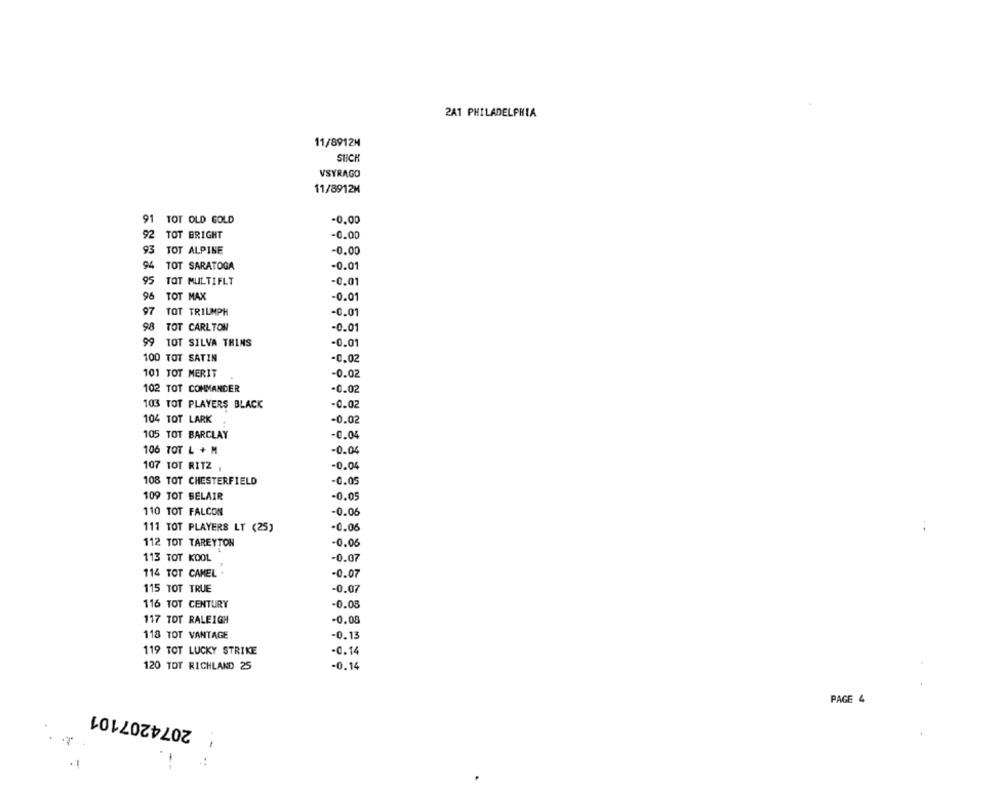
2A1 PHILADELPHIA
11/8912H
SICH
VSYRAGO
11/8912M
91 TOT OLD GOLD
-0.00
92 TOT BRIGHT
-0.00
93 TOT ALPINE
-0.00
94
TOT SARATOGA
-0.01
95
TOT MULTIFLT
-0.01
96
TOT MAX
-0.01
97
TOT TRIUMPH
-0.01
98 TOT CARLTON
-0.01
99 TOT SILVA THINS
-0.01
100 TOT SATIN
-0.02
101 TOT MERIT
-0.02
102 TOT COMMANDER
-0.02
103 TOT PLAYERS BLACK
-0.02
104 TOT LARK
-0.02
105 TOT BARCLAY
-0.04
106 TOT L + M
-0.04
107 TOT RITZ
-0.04
108 TOT CHESTERFIELD
-0.05
109 TOT BELAIR
-0.05
110 TOT FALCON
-0.06
111 TOT PLAYERS LT (25)
-0.06
112 TOT TAREYTON
-0.06
113 TOT KOOL
-0.07
114 TOT CAMEL .
-0.07
115 TOT TRUE
-0.07
116 TOT CENTURY
-0.08
117 TOT RALEIGH
-0.08
-0.13
118 TOT VANTAGE
119 TOT LUCKY STRIKE
-0.14
120 TOT RICHLAND 25
-0.14
PAGE 4
2074207101
-